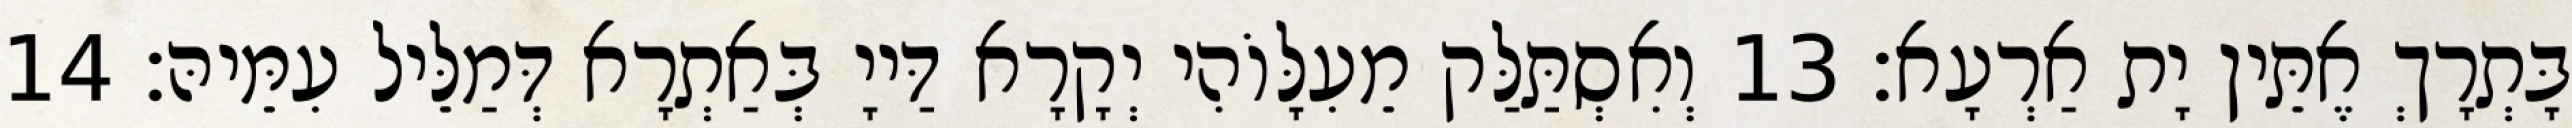
בָּתְרָךְ אֶתֵּין יָת אַרְעָא׃ 13 וְאִסְתַּלַּק מֵעִלָּוֹהִי יְקָרָא דַּייָ בְּאַתְרָא דְּמַלֵּיל עִמֵּיהּ׃ 14